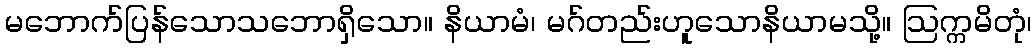
မဘောက်ပြန်သောသဘောရှိသော။ နိယာမံ၊ မဂ်တည်းဟူသောနိယာမသို့။ ဩက္ကမိတုံ၊